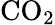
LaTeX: \mathrm{{CO}_{2}}